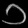
Digit: ၁